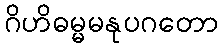
ဂိဟိဓမ္မမနုပဂတော